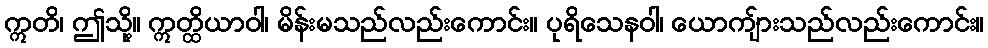
ဣတိ၊ ဤသို့။ ဣတ္ထိယာဝါ၊ မိန်းမသည်လည်းကောင်း။ ပုရိသေနဝါ၊ ယောကျ်ားသည်လည်းကောင်း။